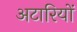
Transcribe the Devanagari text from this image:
अटारियों